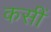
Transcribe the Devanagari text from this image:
कसीं